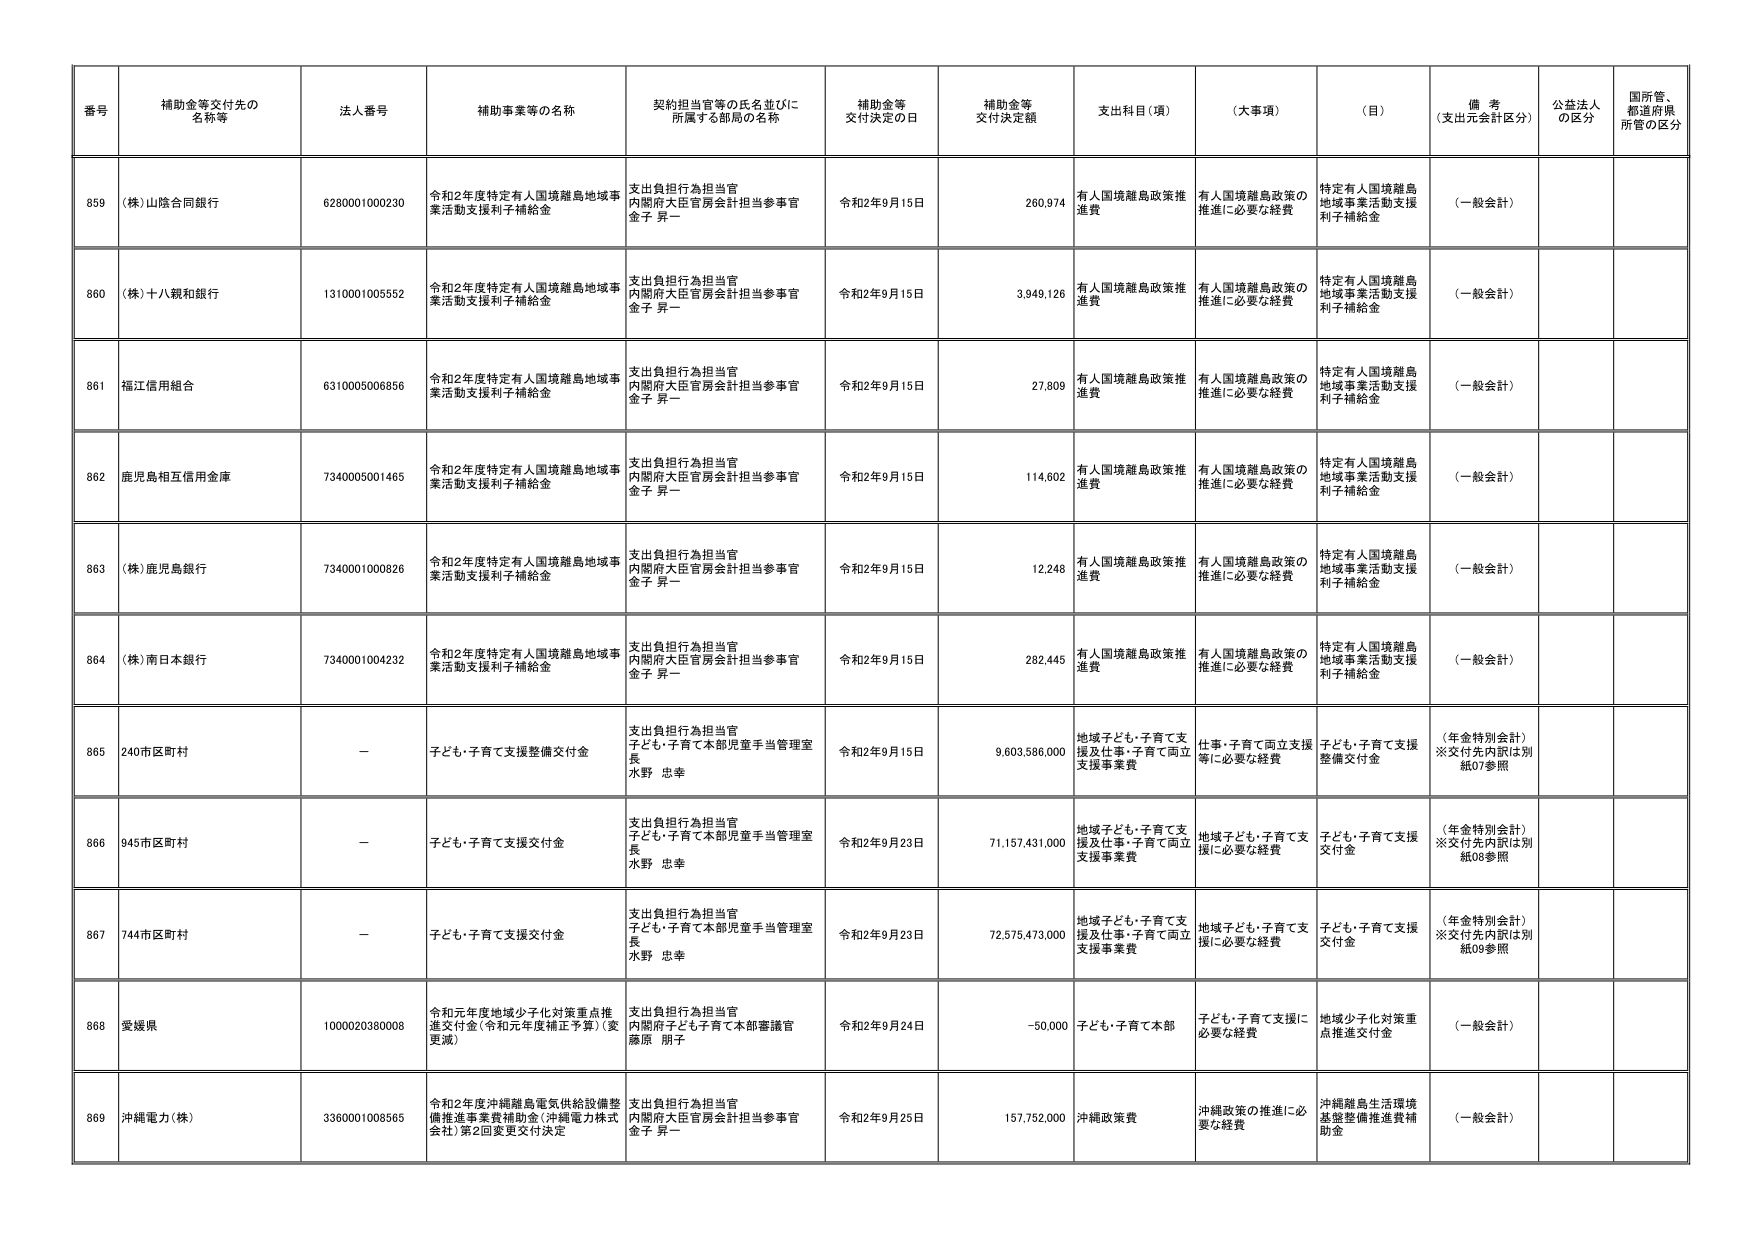
番号 補助金等交付先の名称等 法人番号 補助事業等の名称 契約担当官等の氏名並びに所属する部局の名称 補助金等交付決定の日 補助金等交付決定額 支出科目（項） （大事項） （目） 備考（支出元会計区分） 公益法人の区分 国所管、都道府県所管の区分
859 （株）山陰合同銀行 6280001000230 令和2年度特定有人国境離島地域事業活動支援利子補給金 支出負担行為担当官 内閣府大臣官房会計担当参事官 金子 昇一 令和2年9月15日 260,974 有人国境離島政策推進費 有人国境離島政策の推進に必要な経費 特定有人国境離島地域事業活動支援利子補給金 （一般会計）
860 （株）十八親和銀行 1310001005552 令和2年度特定有人国境離島地域事業活動支援利子補給金 支出負担行為担当官 内閣府大臣官房会計担当参事官 金子 昇一 令和2年9月15日 3,949,126 有人国境離島政策推進費 有人国境離島政策の推進に必要な経費 特定有人国境離島地域事業活動支援利子補給金 （一般会計）
861 福江信用組合 6310005006856 令和2年度特定有人国境離島地域事業活動支援利子補給金 支出負担行為担当官 内閣府大臣官房会計担当参事官 金子 昇一 令和2年9月15日 27,809 有人国境離島政策推進費 有人国境離島政策の推進に必要な経費 特定有人国境離島地域事業活動支援利子補給金 （一般会計）
862 鹿児島相互信用金庫 7340005001465 令和2年度特定有人国境離島地域事業活動支援利子補給金 支出負担行為担当官 内閣府大臣官房会計担当参事官 金子 昇一 令和2年9月15日 114,602 有人国境離島政策推進費 有人国境離島政策の推進に必要な経費 特定有人国境離島地域事業活動支援利子補給金 （一般会計）
863 （株）鹿児島銀行 7340001000826 令和2年度特定有人国境離島地域事業活動支援利子補給金 支出負担行為担当官 内閣府大臣官房会計担当参事官 金子 昇一 令和2年9月15日 12,248 有人国境離島政策推進費 有人国境離島政策の推進に必要な経費 特定有人国境離島地域事業活動支援利子補給金 （一般会計）
864 （株）南日本銀行 7340001004232 令和2年度特定有人国境離島地域事業活動支援利子補給金 支出負担行為担当官 内閣府大臣官房会計担当参事官 金子 昇一 令和2年9月15日 282,445 有人国境離島政策推進費 有人国境離島政策の推進に必要な経費 特定有人国境離島地域事業活動支援利子補給金 （一般会計）
865 240市区町村 － 子ども・子育て支援整備交付金 支出負担行為担当官 子ども・子育て本部児童手当管理室長 水野 忠幸 令和2年9月15日 9,603,586,000 地域子ども・子育て支援及び仕事・子育て両立支援事業費 仕事・子育て両立支援等に必要な経費 子ども・子育て支援整備交付金 （年金特別会計）※交付先内訳は別紙07参照
866 945市区町村 － 子ども・子育て支援交付金 支出負担行為担当官 子ども・子育て本部児童手当管理室長 水野 忠幸 令和2年9月23日 71,157,431,000 地域子ども・子育て支援及び仕事・子育て両立支援事業費 地域子ども・子育て支援に必要な経費 子ども・子育て支援交付金 （年金特別会計）※交付先内訳は別紙08参照
867 744市区町村 － 子ども・子育て支援交付金 支出負担行為担当官 子ども・子育て本部児童手当管理室長 水野 忠幸 令和2年9月23日 72,579,473,000 地域子ども・子育て支援及び仕事・子育て両立支援事業費 地域子ども・子育て支援に必要な経費 子ども・子育て支援交付金 （年金特別会計）※交付先内訳は別紙09参照
868 愛媛県 1000020380008 令和元年度地域少子化対策重点推進交付金（令和元年度補正予算）（変更減） 支出負担行為担当官 内閣府子ども・子育て本部審議官 藤原 朋子 令和2年9月24日 -50,000 子ども・子育て本部 子ども・子育て支援に必要な経費 地域少子化対策重点推進交付金 （一般会計）
869 沖縄電力（株） 3360001008565 令和2年度沖縄離島電気供給設備整備推進事業費補助金（沖縄電力株式会社）第2回変更交付決定 支出負担行為担当官 内閣府大臣官房会計担当参事官 金子 昇一 令和2年9月25日 157,752,000 沖縄政策費 沖縄政策の推進に必要な経費 沖縄離島生活環境基盤整備推進費補助金 （一般会計）